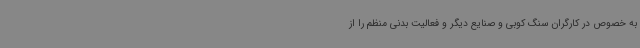
به خصوص در کارگران سنگ کوبی و صنایع دیگر و فعالیت بدنی منظم را از